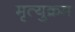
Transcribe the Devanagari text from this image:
मृत्युक्रम